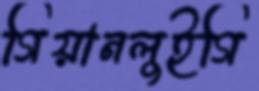
গিয়ানলুইগি